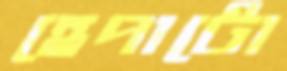
হেপাটো